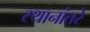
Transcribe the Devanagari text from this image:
स्थानांतरे